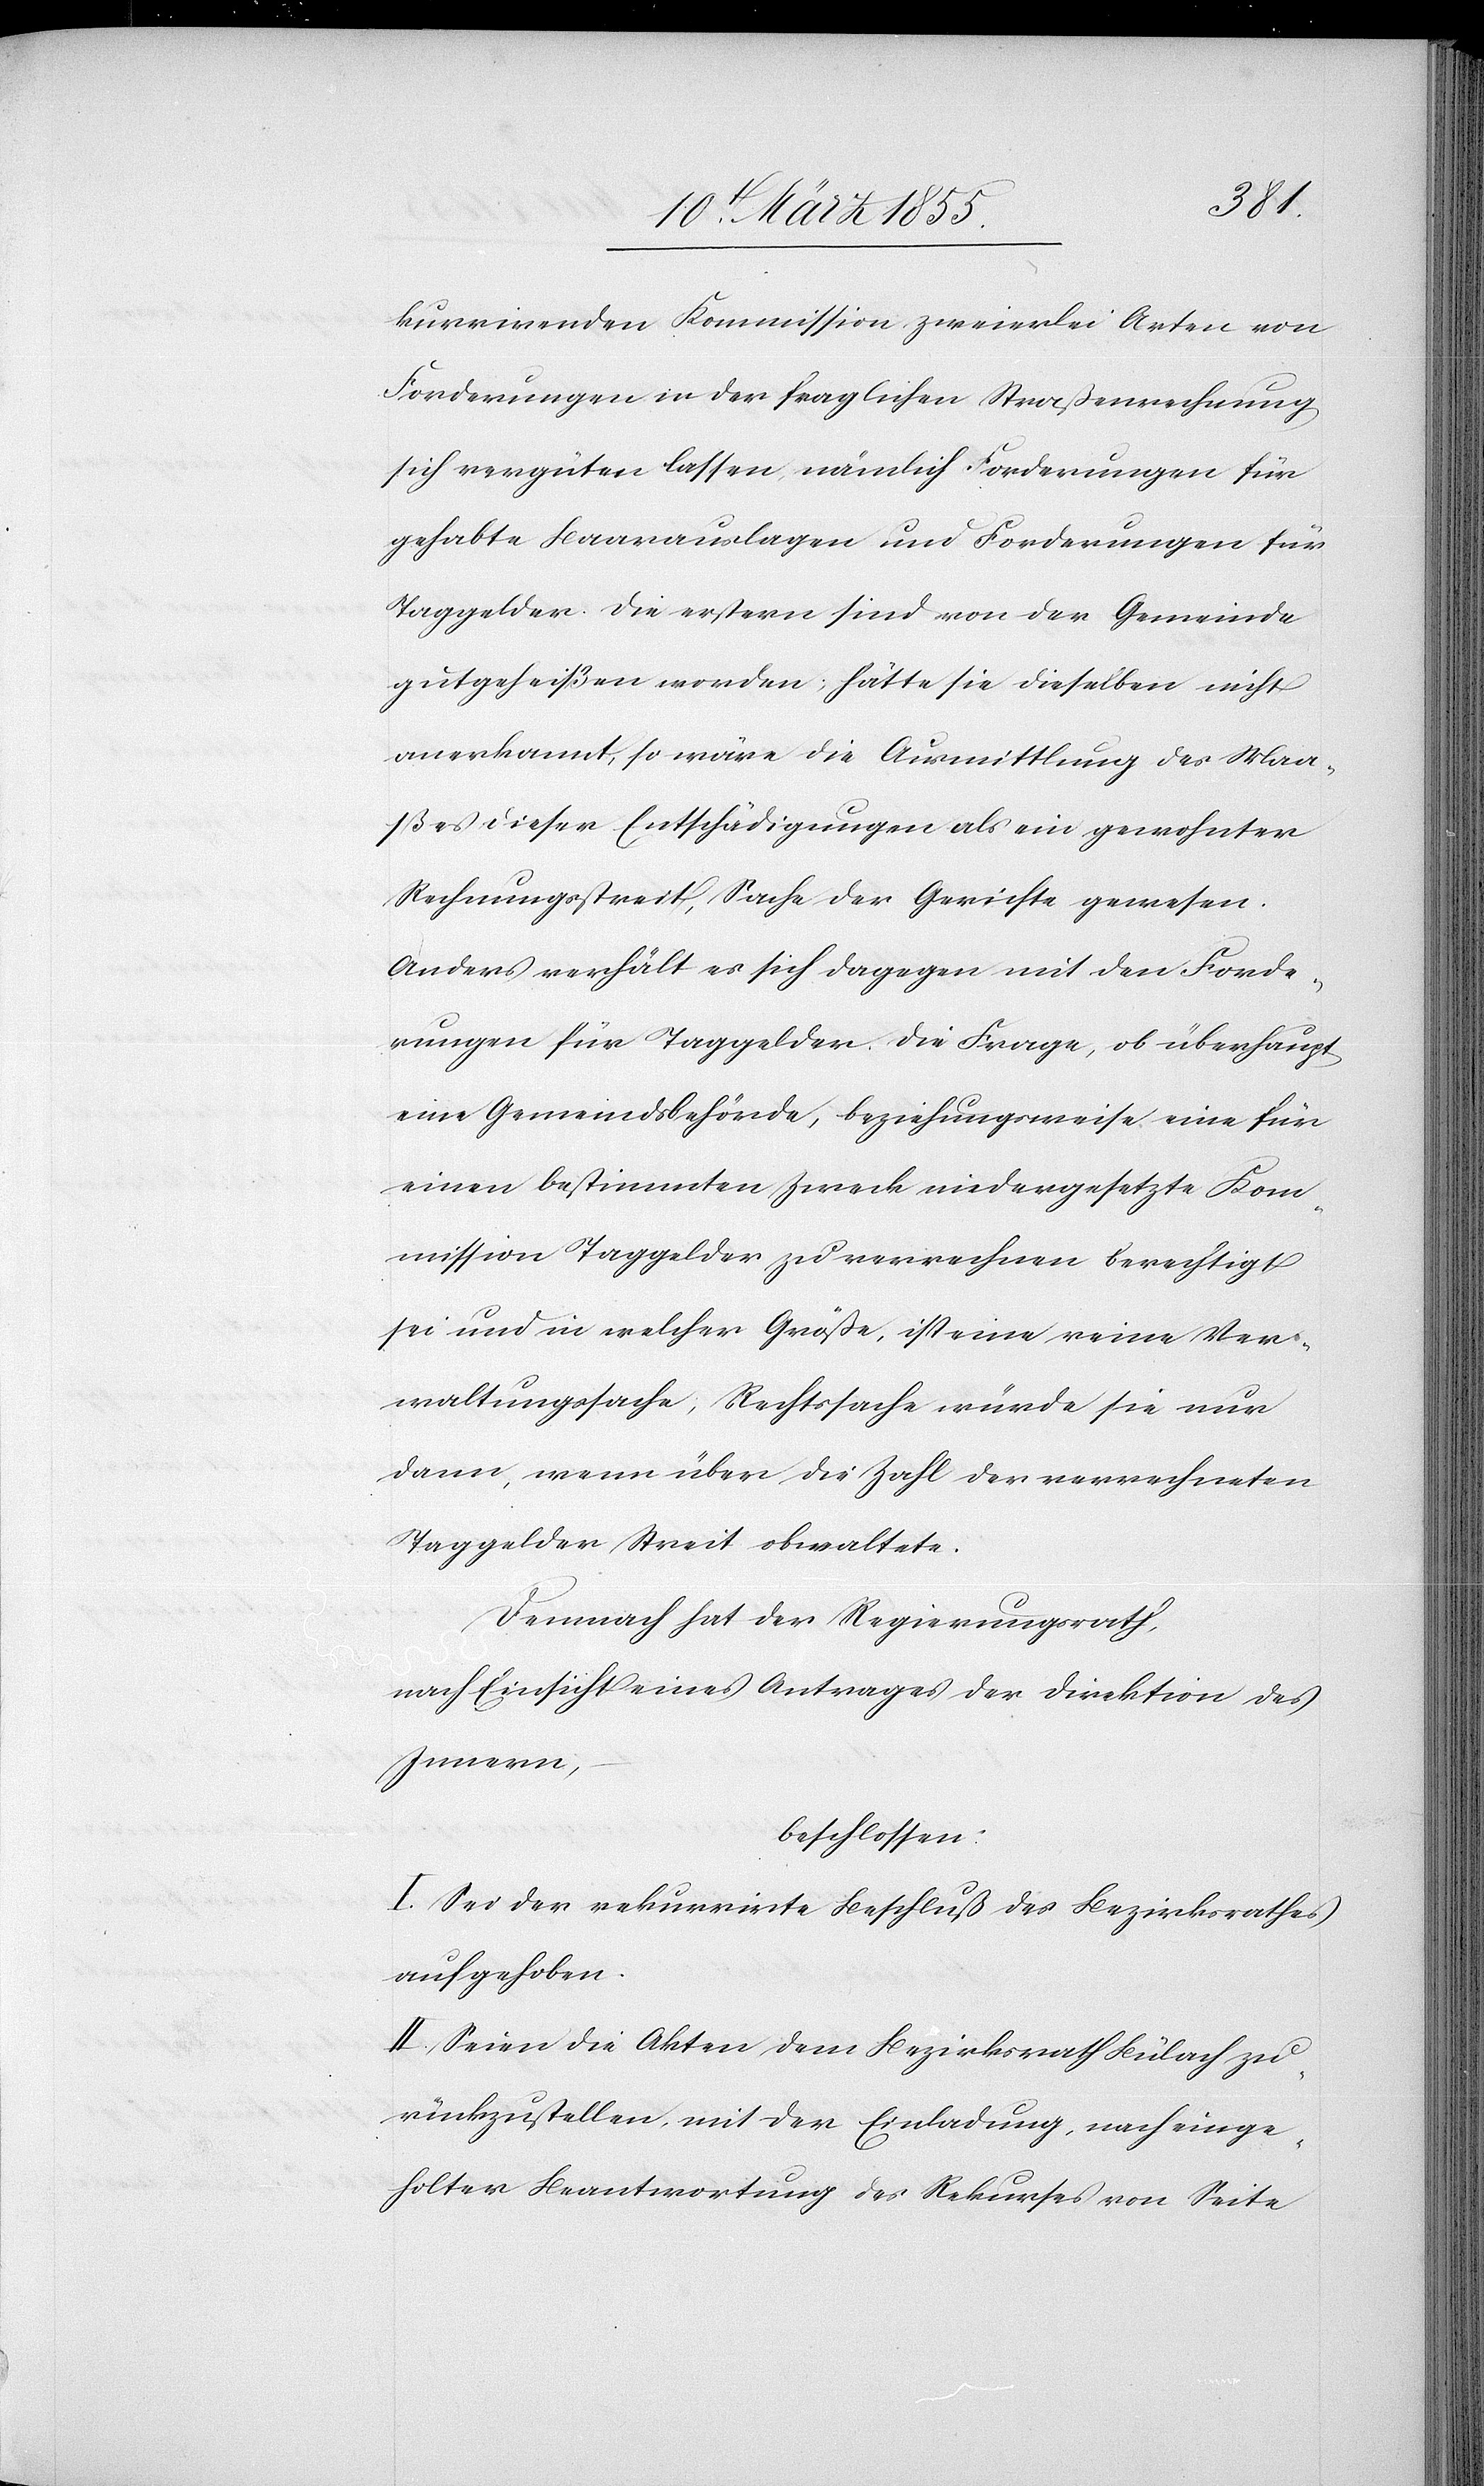
kurrirenden Kommission zweierlei Arten von
Forderungen in der fraglichen Straßenrechnung
sich vergüten lassen, nämlich Forderungen für
gehabte Baarauslagen und Forderungen für
Taggelder. Die erstern sind von der Gemeinde
gutgeheißen worden; hätte sie dieselben nicht
anerkannt, so wäre die Ausmittlung des Maa¬
ßes dieser Entschädigungen als ein gewohnter
Rechnungsstreit, Sache der Gerichte gewesen.
Anders verhält es sich dagegen mit den Forde¬
rungen für Taggelder. Die Frage, ob überhaupt
eine Gemeindsbehörde, beziehungsweise eine für
einen bestimmten Zweck niedergesetzte Kom¬
mission Taggelder zu verrechnen berechtigt
sei und in welcher Größe, ist eine reine Ver¬
waltungssache; Rechtssache würde sie nur
dann, wenn über die Zahl der verrechneten
Taggelder Streit obwaltete.
Demnach hat der Regierungsrath,
nach Einsicht eines Antrages der Direktion des
Innern,
beschlossen:
I. Sei der rekurrirte Beschluß des Bezirksrathes
aufgehoben.
II. Seien die Akten dem Bezirksrath Bülach zu¬
rückzustellen, mit der Einladung, nach einge¬
holter Beantwortung des Rekurses von Seite